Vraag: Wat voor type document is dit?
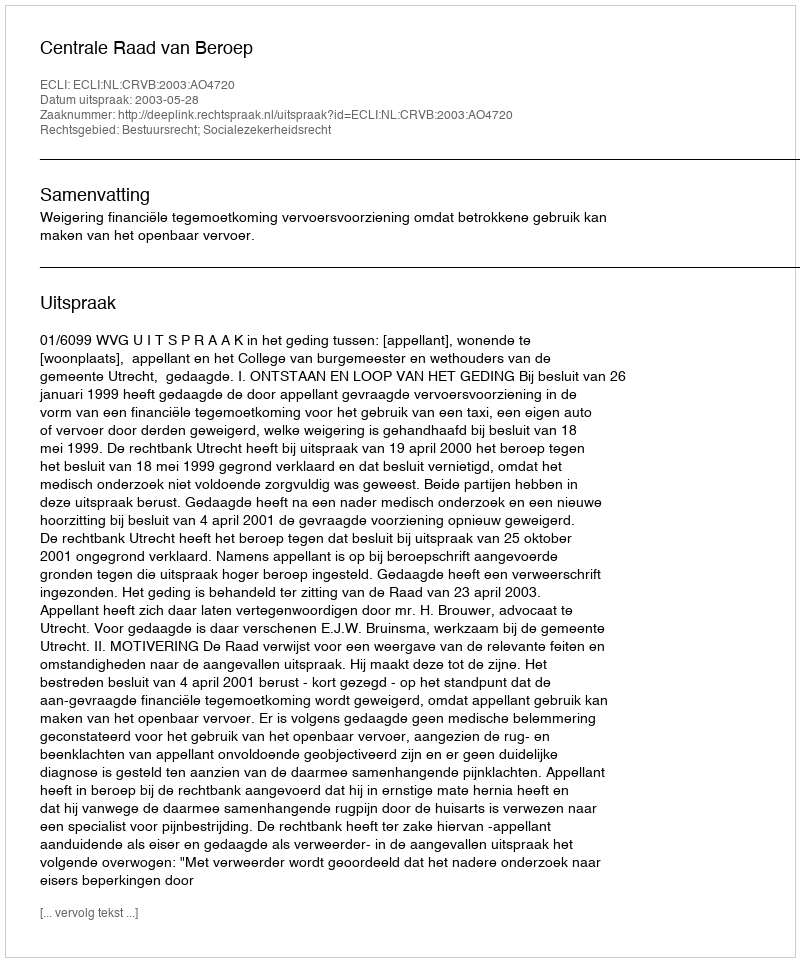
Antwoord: Uitspraak